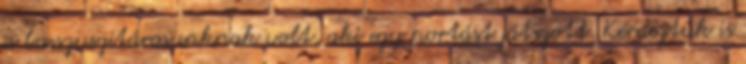
a basszusgitárosunknak volt, aki egy portást játszott. Kérdeztük is